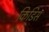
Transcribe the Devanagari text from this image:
किडिस